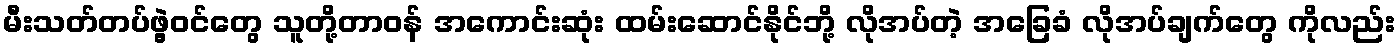
မီးသတ်တပ်ဖွဲ့ဝင်တွေ သူတို့တာဝန် အကောင်းဆုံး ထမ်းဆောင်နိုင်ဘို့ လိုအပ်တဲ့ အခြေခံ လိုအပ်ချက်တွေ ကိုလည်း